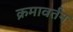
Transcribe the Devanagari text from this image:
क्रमावर्तन